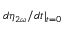
d { \eta _ { 2 \omega } } / d t | _ { t = 0 }